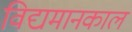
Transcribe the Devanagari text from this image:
विद्यमानकाल